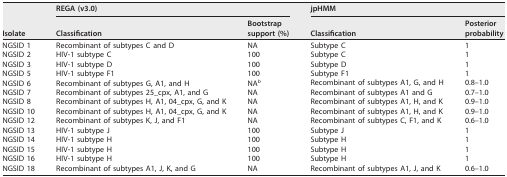
<table><thead><tr><td rowspan="2"><b>Isolate</b></td><td colspan="2"><b>REGA (v3.0)</b></td><td colspan="2"><b>jpHMM</b></td></tr><tr><td><b>Classification</b></td><td><b>Bootstrap support (%)</b></td><td><b>Classification</b></td><td><b>Posterior probability</b></td></tr></thead><tbody><tr><td>NGSID 1</td><td>Recombinant of subtypes C and D</td><td>NA</td><td>Subtype C</td><td>1</td></tr><tr><td>NGSID 2</td><td>HIV-1 subtype C</td><td>100</td><td>Subtype C</td><td>1</td></tr><tr><td>NGSID 3</td><td>HIV-1 subtype D</td><td>100</td><td>Subtype D</td><td>1</td></tr><tr><td>NGSID 5</td><td>HIV-1 subtype F1</td><td>100</td><td>Subtype F1</td><td>1</td></tr><tr><td>NGSID 6</td><td>Recombinant of subtypes G, A1, and H</td><td>NA<sup><i>b</i></sup></td><td>Recombinant of subtypes A1, G, and H</td><td>0.8–1.0</td></tr><tr><td>NGSID 7</td><td>Recombinant of subtypes 25_cpx, A1, and G</td><td>NA</td><td>Recombinant of subtypes A1 and G</td><td>0.7–1.0</td></tr><tr><td>NGSID 8</td><td>Recombinant of subtypes H, A1, 04_cpx, G, and K</td><td>NA</td><td>Recombinant of subtypes A1, H, and K</td><td>0.9–1.0</td></tr><tr><td>NGSID 10</td><td>Recombinant of subtypes H, A1, 04_cpx, G, and K</td><td>NA</td><td>Recombinant of subtypes A1, H, and K</td><td>0.9–1.0</td></tr><tr><td>NGSID 12</td><td>Recombinant of subtypes K, J, and F1</td><td>NA</td><td>Recombinant of subtypes C, F1, and K</td><td>0.6–1.0</td></tr><tr><td>NGSID 13</td><td>HIV-1 subtype J</td><td>100</td><td>Subtype J</td><td>1</td></tr><tr><td>NGSID 14</td><td>HIV-1 subtype H</td><td>100</td><td>Subtype H</td><td>1</td></tr><tr><td>NGSID 15</td><td>HIV-1 subtype H</td><td>100</td><td>Subtype H</td><td>1</td></tr><tr><td>NGSID 16</td><td>HIV-1 subtype H</td><td>100</td><td>Subtype H</td><td>1</td></tr><tr><td>NGSID 18</td><td>Recombinant of subtypes A1, J, K, and G</td><td>NA</td><td>Recombinant of subtypes A1, J, and K</td><td>0.6–1.0</td></tr></tbody></table>